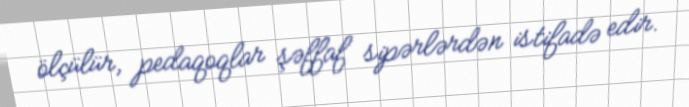
ölçülür, pedaqoqlar şəffaf sipərlərdən istifadə edir.